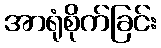
အာရုံစိုက်ခြင်း